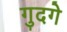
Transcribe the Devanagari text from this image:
गुदगे